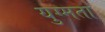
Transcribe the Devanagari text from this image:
युग्मता